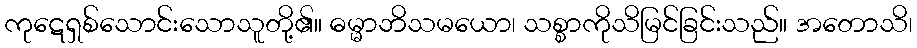
ကုဋေရှစ်သောင်းသောသူတို့၏။ ဓမ္မာဘိသမယော၊ သစ္စာကိုသိမြင်ခြင်းသည်။ အတောသိ၊